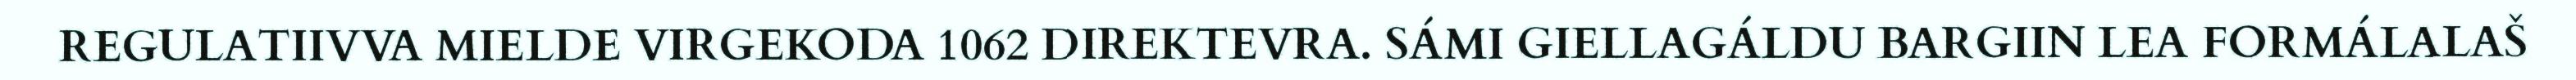
REGULATIIVVA MIELDE VIRGEKODA 1062 DIREKTEVRA. SÁMI GIELLAGÁLDU BARGIIN LEA FORMÁLALAŠ